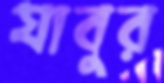
যাবুর